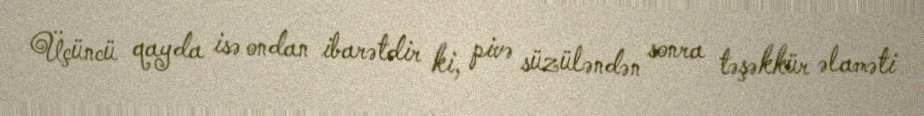
Üçüncü qayda isə ondan ibarətdir ki, pivə süzüləndən sonra təşəkkür əlaməti